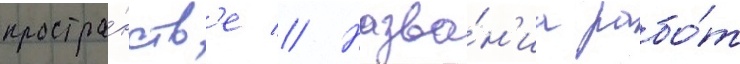
простра́нств'е // Назва́н'иа рабо́т